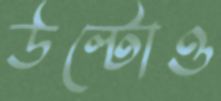
উল্টোও